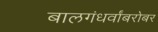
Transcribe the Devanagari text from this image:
बालगंधर्वांबरोबर